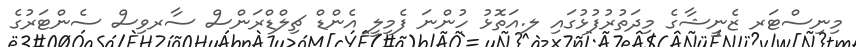
މިނިސްޓަރ ޒެނީޝާގެ މިދަތުރުފުޅުގައި ލ.އަތޮޅު ހުންނަ ފެމިލީ އެންޑް ޗިލްޑްރަންސް ސާރވިސް ސެންޓަރުގެ